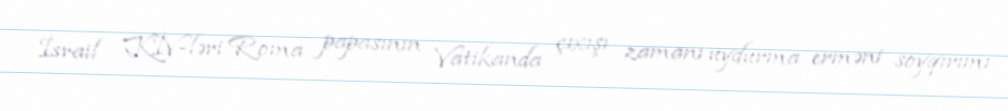
İsrail KİV-ləri Roma papasının Vatikanda çıxışı zamanı uydurma erməni soyqırımı